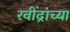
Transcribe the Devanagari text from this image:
रवींद्रांच्या